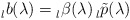
\begin{align*} \prescript{}{l}{b}(\lambda)=\prescript{}{l}{\beta}(\lambda)\prescript{}{l}{\tilde{p}}(\lambda)\end{align*}